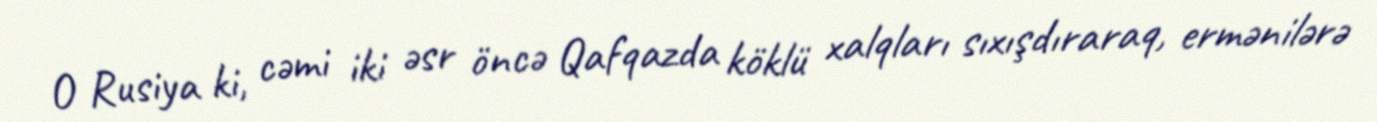
O Rusiya ki, cəmi iki əsr öncə Qafqazda köklü xalqları sıxışdıraraq, ermənilərə